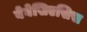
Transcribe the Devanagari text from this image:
बेवेसिएसिस